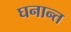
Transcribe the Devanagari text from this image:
घनान्त